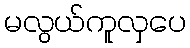
မလွယ်ကူလှပေ